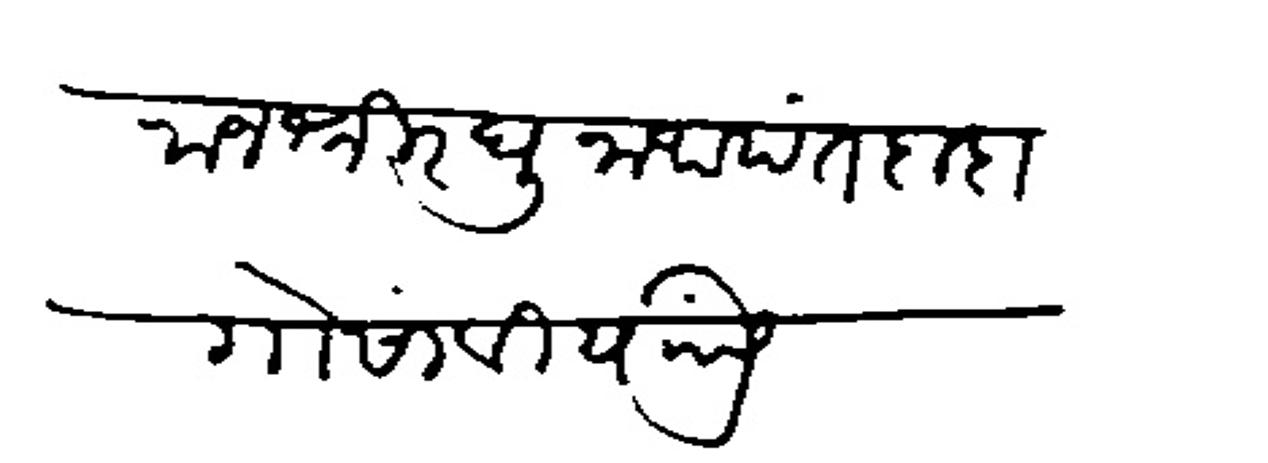
Transliteration (Devanagari): राजश्री रघुनावपंत दादा गोसांवी यांसी